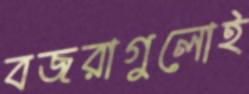
বজরাগুলোই